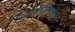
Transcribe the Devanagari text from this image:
नियोक्लासिसिज्म़